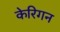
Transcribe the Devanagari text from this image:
केरिगन